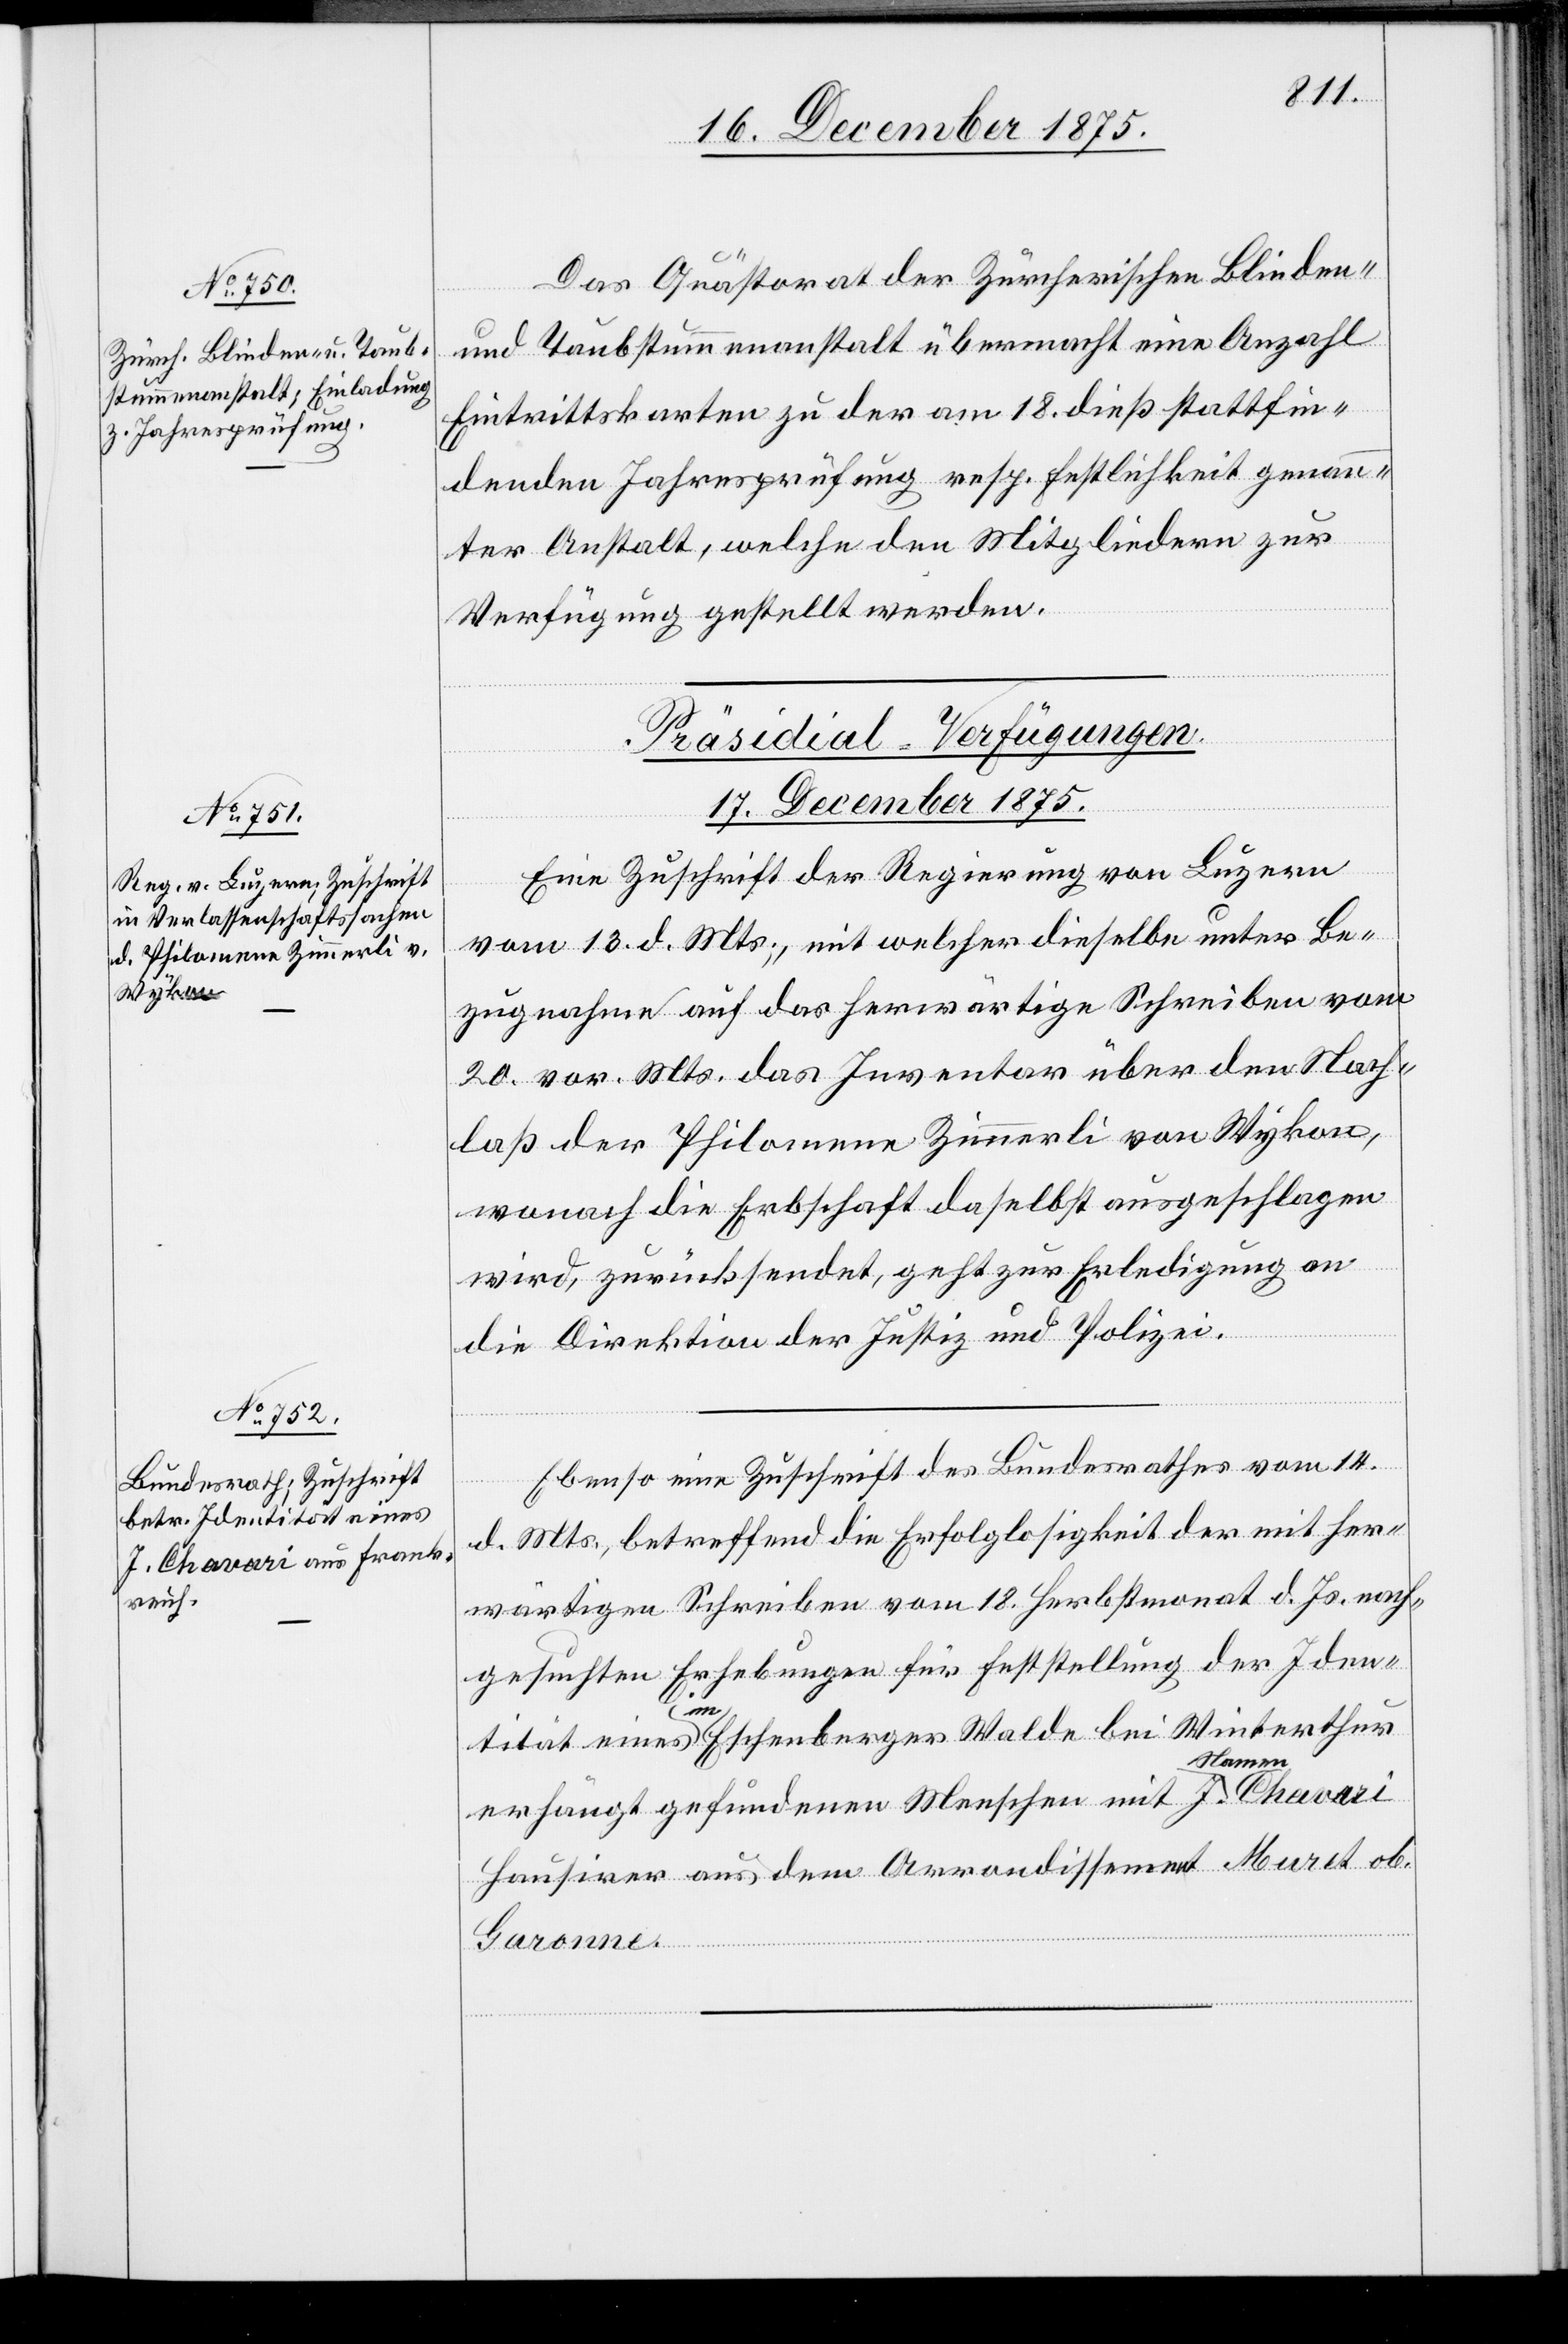
Das Quästorat der Zürcherischen Blinden-
und Taubstummenanstalt übermacht eine Anzahl
Eintrittskarten zu der am 18. dieß stattfin¬
denden Jahresprüfung resp. Festlichkeit genann¬
ter Anstalt, welche den Mitgliedern zur
Verfügung gestellt werden.
[Präsidial-Verfügungen.
17. December 1875.]
Eine Zuschrift der Regierung von Luzern
vom 13. d. Mts., mit welcher dieselbe unter Be¬
zugnahme auf das herwärtige Schreiben vom
20. vor. Mts. das Inventar über den Nach¬
laß der Philomena Zimmerli von Wykon,
wonach die Erbschaft daselbst ausgeschlagen
wird, zurücksendet, geht zur Erledigung an
die Direktion der Justiz und Polizei.
Ebenso eine Zuschrift des Bundesrathes vom 14.
d. Mts., betreffend die Erfolglosigkeit der mit her¬
wärtigen Schreiben vom 18. Herbstmonat d. Js. nach¬
gesuchten Erhebungen für Feststellung der Iden¬
J.
tität eines im Eschenberger Walde bei Winterthur
Namen
erhängt gefundenen Menschen mit J. a-Namen-a
Hausirer aus dem Arrondissement Muret ob.
Garonne.